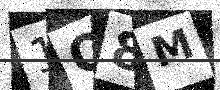
Text: 1O8M